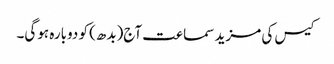
کیس کی مزید سماعت آج(بدھ) کو دوبارہ ہوگی۔